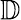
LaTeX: \mathbb{D}